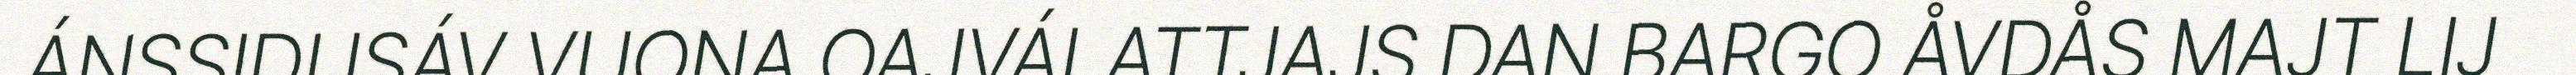
ÁNSSIDUSÁV VUONA OAJVÁLATTJAJS DAN BARGO ÅVDÅS MAJT LIJ